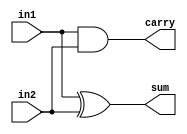
module half_str(sum,carry,in1,in2);
input in1,in2;
output sum,carry;
xor (sum,in1,in2);
and (carry,in1,in2);
endmodule

module half_df(sum,carry,in1,in2);
input in1,in2;
output sum,carry;
assign sum = in1^in2;
assign carry = in1&in2;
endmodule

module half_b(sum,carry,in1,in2);
input in1,in2;
output reg sum,carry;
always @(*)
begin
sum = in1^in2;
carry = in1&in2;
end
endmodule